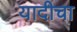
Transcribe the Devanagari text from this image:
यादीचा